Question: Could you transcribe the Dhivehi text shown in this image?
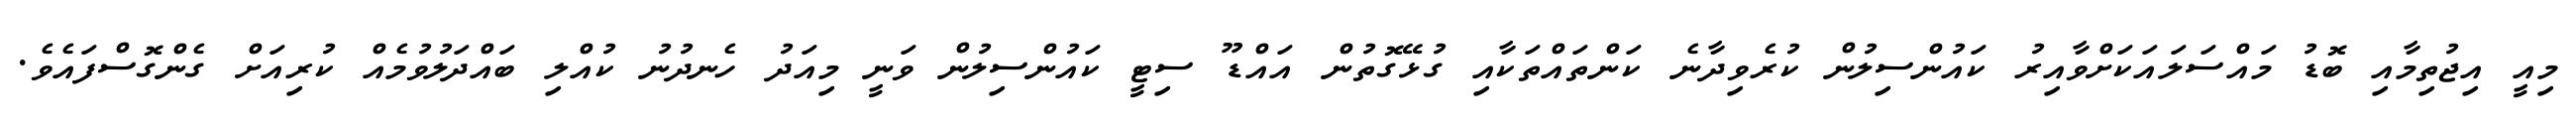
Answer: މިއީ އިޖުތިމާއި ބޮޑު މައްސަލައަކަށްވާއިރު ކައުންސިލުން ކުރެވިދާނެ ކަންތައްތަކާއި ގުޅޭގޮތުން އައްޑޫ ސިޓީ ކައުންސިލުން ވަނީ މިއަދު ހެނދުނު ކުއްލި ބައްދަލުވުމެއް ކުރިއަށް ގެންގޮސްފައެވެ.